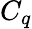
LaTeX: C_{q}